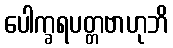
ပေါက္ခရပတ္တဗာဟုဘိ